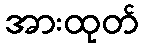
အားထုတ်